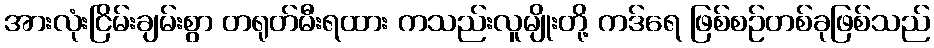
အားလုံးငြိမ်းချမ်းစွာ တရုတ်မီးရထား ကသည်းလူမျိုးတို့ ကဒ်ရေ ဖြစ်စဉ်တစ်ခုဖြစ်သည်